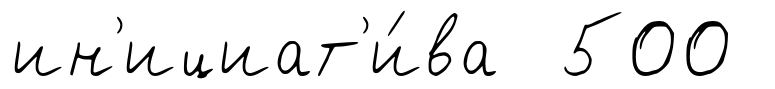
ин'ициат'и́ва 500